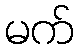
မက်